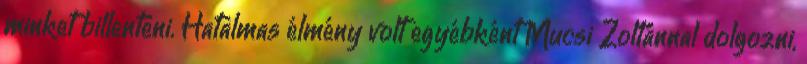
minket billenteni. Hatalmas élmény volt egyébként Mucsi Zoltánnal dolgozni,